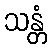
သန္တံ